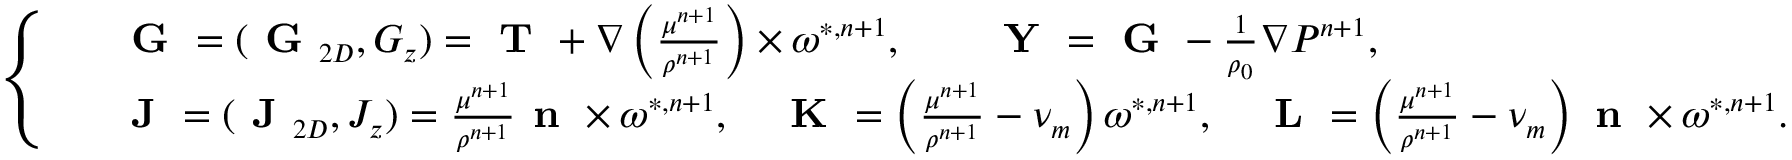
\small \left\{ \begin{array} { r l } & { \textbf { G } = ( \textbf { G } _ { 2 D } , G _ { z } ) = \textbf { T } + \nabla \left( \frac { \mu ^ { n + 1 } } { \rho ^ { n + 1 } } \right) \times \boldsymbol { \omega } ^ { * , n + 1 } , \qquad \textbf { Y } = \textbf { G } - \frac { 1 } { \rho _ { 0 } } \nabla P ^ { n + 1 } , } \\ & { \textbf { J } = ( \textbf { J } _ { 2 D } , J _ { z } ) = \frac { \mu ^ { n + 1 } } { \rho ^ { n + 1 } } \textbf { n } \times \boldsymbol { \omega } ^ { * , n + 1 } , \quad \textbf { K } = \left( \frac { \mu ^ { n + 1 } } { \rho ^ { n + 1 } } - \nu _ { m } \right) \boldsymbol { \omega } ^ { * , n + 1 } , \quad \textbf { L } = \left( \frac { \mu ^ { n + 1 } } { \rho ^ { n + 1 } } - \nu _ { m } \right) \textbf { n } \times \boldsymbol { \omega } ^ { * , n + 1 } . } \end{array} \right.